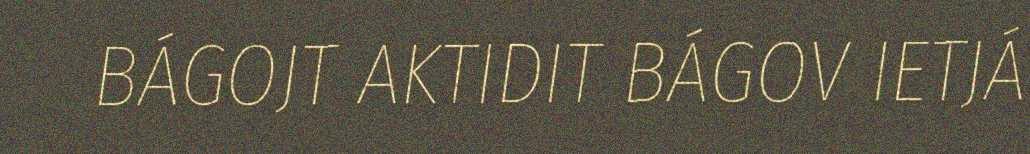
BÁGOJT AKTIDIT BÁGOV IETJÁ